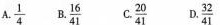
A.\frac{1}{4} B.\frac{16}{41} C.\frac{20}{41} D.\frac{32}{41}